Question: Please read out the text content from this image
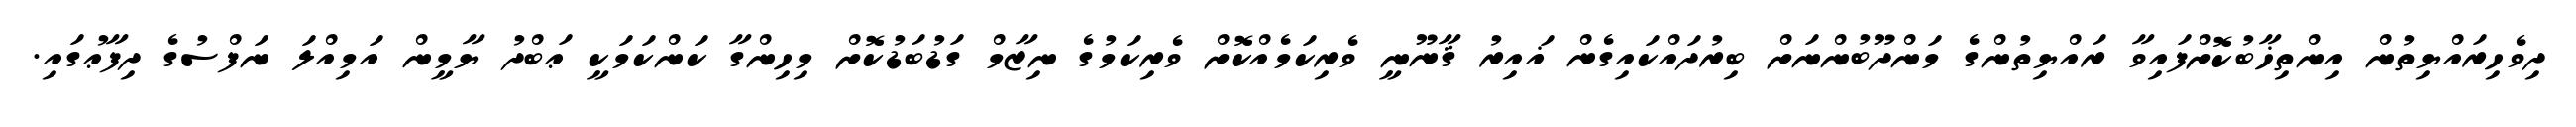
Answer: ދިވެހިރައްޔިތުން އިންތިޚާބުކޮށްފައިވާ ރައްޔިތުންގެ މަންދޫބުންނަށް ބިރުދައްކައިގެން ޣައިރު ޤާނޫނީ ވެރިކަމެއްކޮށް ވެރިކަމުގެ ނިޒާމް ގަޑުބަޑުކޮށް މިހިންގާ ކަންކަމަކީ ޢަބްދު ޔާމީން އަމިއްލަ ނަފްސުގެ ދިފާޢުގައި.